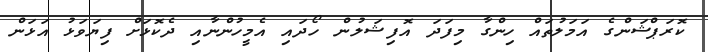
ކޮރަޕްޝަންގެ އަމަލުތައް ހިންގާ މިފަދަ އޮފިޝަލުން ހޯދައި އެމީހުންނާއި ދެކޮޅަށް ފިޔަވަޅު އަޅަން